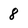
Character: 8